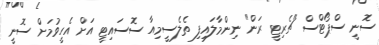
ސޮނީ ސްޕޯޓްސް "ޗެރިޓީ ރަން" ނިންމާލައިފި ތެލެސީމިއާ ސޮސައިޓީ އަށް އެހީވުމަށް ސޮނީ